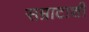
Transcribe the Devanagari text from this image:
सम्राटाशी